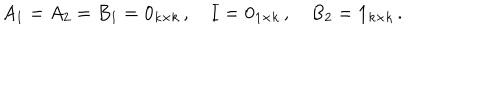
LaTeX: A _ { 1 } = A _ { 2 } = B _ { 1 } = \mathbf { 0 } _ { k \times k } \, , \quad I = \mathbf { 0 } _ { 1 \times k } \, , \quad B _ { 2 } = \mathbf { 1 } _ { k \times k } \, .